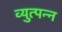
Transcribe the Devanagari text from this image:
व्युत्पन्‍न